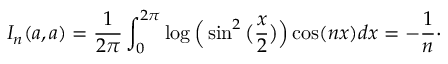
I _ { n } ( a , a ) = \frac { 1 } { 2 \pi } \int _ { 0 } ^ { 2 \pi } \log \Big ( \sin ^ { 2 } \big ( \frac { x } { 2 } \big ) \Big ) \cos ( n x ) d x = - \frac { 1 } { n } \cdot